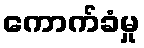
ကောက်ခံမှု